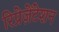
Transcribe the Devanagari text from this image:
रिप्रेज़ेंटेशन